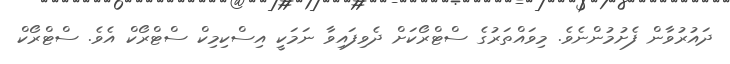
ދައުރުވާން ފެށުމުންނެވެ. މިވައްތަރުގެ ސްޓްރޯކަށް ދެވިފައިވާ ނަމަކީ އިސްކިމިކް ސްޓްރޯކް އެވެ. ސްޓްރޯކް